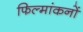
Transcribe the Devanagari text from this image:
फिल्मांकनों